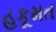
હકૂમત